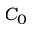
C _ { 0 }